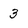
Character: 3